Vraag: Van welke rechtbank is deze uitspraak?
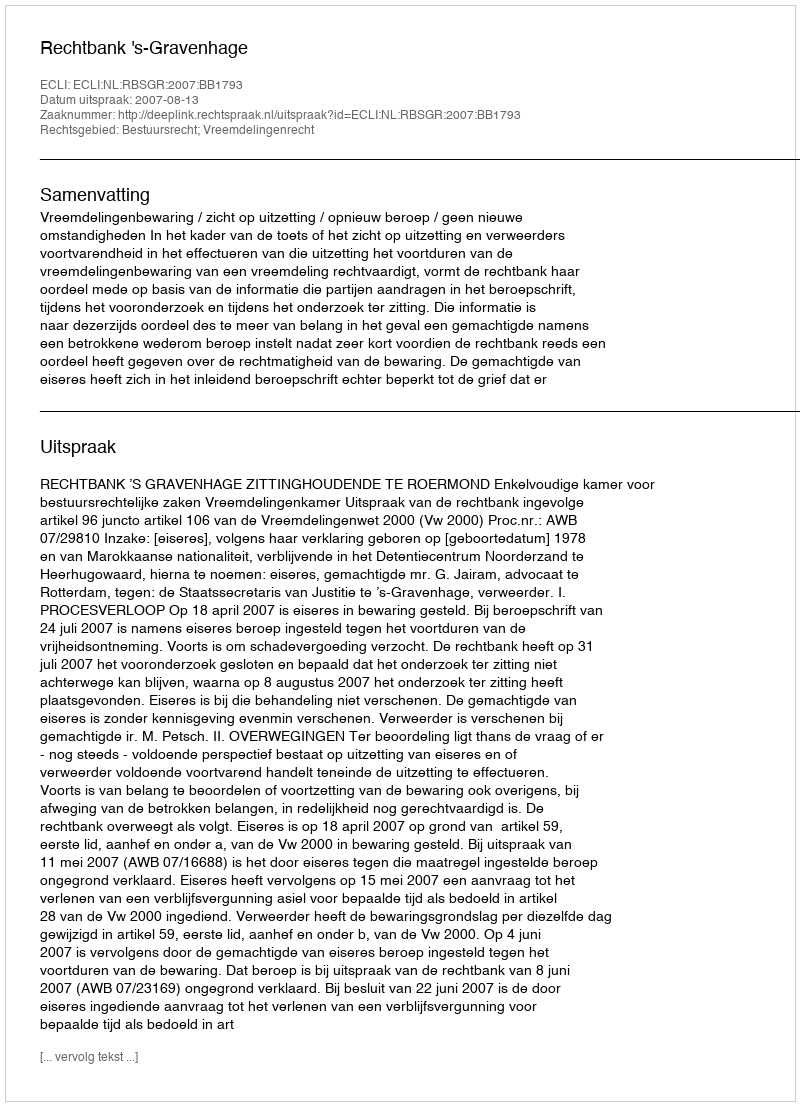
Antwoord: Rechtbank 's-Gravenhage